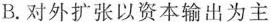
B.对外扩张以资本输出为主